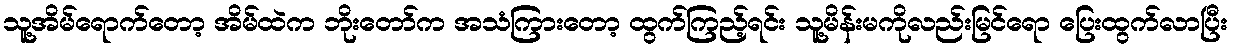
သူ့အိမ်ရောက်တော့ အိမ်ထဲက ဘိုးတော်က အသံကြားတော့ ထွက်ကြည့်ရင်း သူ့မိန်းမကိုလည်းမြင်ရော ပြေးထွက်လာပြီး